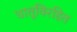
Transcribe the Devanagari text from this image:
धातूविरहित